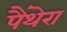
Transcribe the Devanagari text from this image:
पैंथेरा